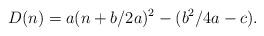
LaTeX: \begin{align*}D(n)=a(n+b/2a)^2-(b^2/4a-c).\end{align*}